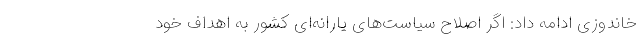
خاندوزی ادامه داد: اگر اصلاح سیاست‌های یارانه‌ای کشور به اهداف خود